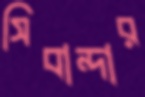
সিবান্দার